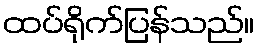
ထပ်ရိုက်ပြန်သည်။